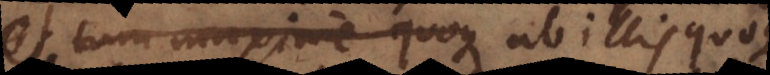
et tum maxime quoque ab illis quoqu